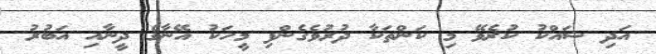
އަދި ޝައްކު ކުރެވޭ މި ކަންތަކާ ދުރުވެގެންފި މީހަކު އޭނާގެ ދީނާއި އަބުރު